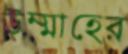
উম্মাহের